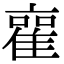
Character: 𮥿